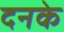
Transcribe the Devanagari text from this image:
दनके